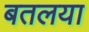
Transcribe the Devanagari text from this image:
बतलया